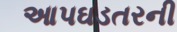
આપઘડતરની